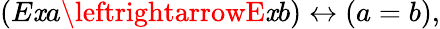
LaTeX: (E\mathit{x}a\leftrightarrowE\mathit{x}b)\leftrightarrow(a=b),